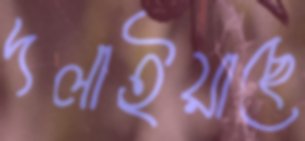
দলাইয়াছে